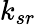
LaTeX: k_{sr}